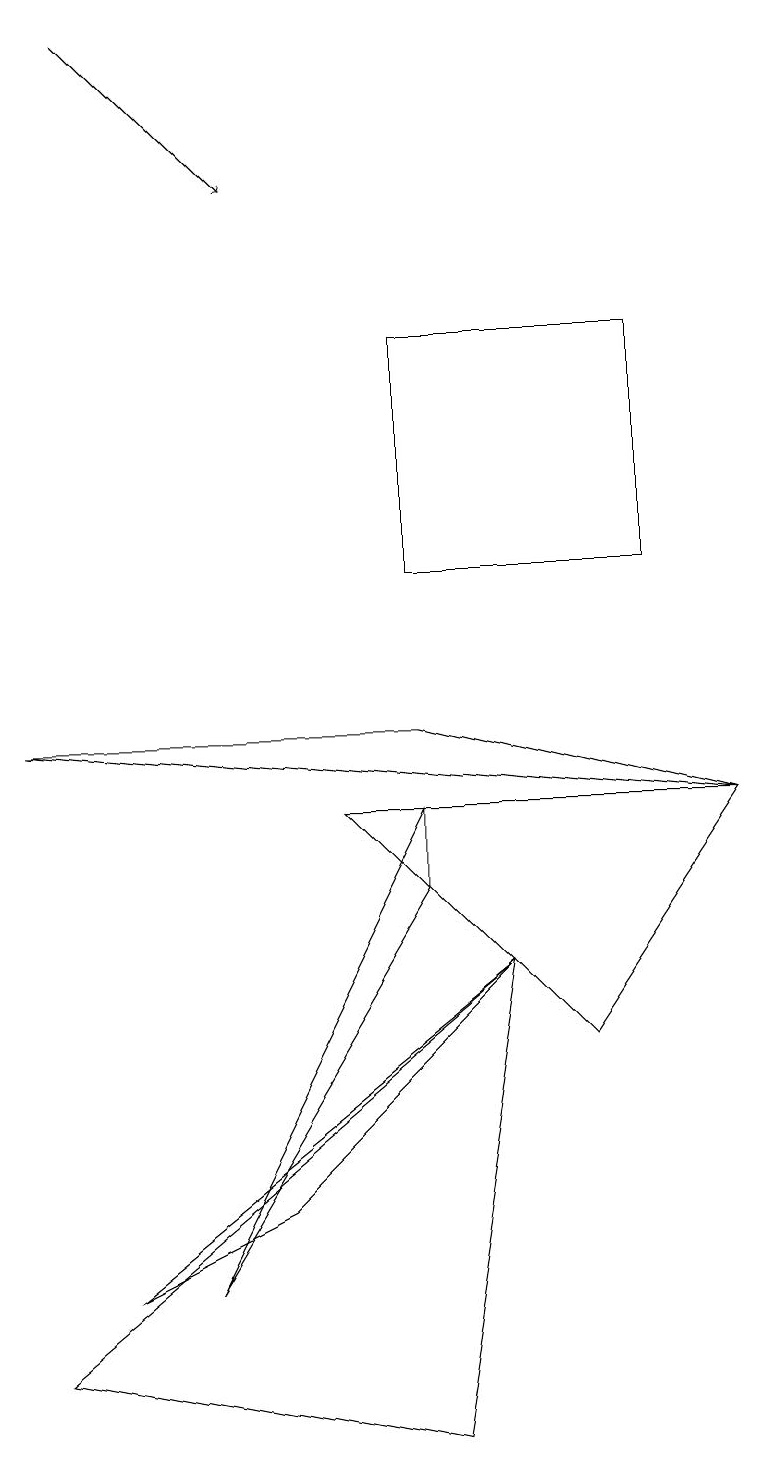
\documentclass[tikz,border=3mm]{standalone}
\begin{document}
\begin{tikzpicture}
\draw[->] (1,18) -- (3,16);
\draw (9,8) -- (4,8) -- (7,5) -- cycle;
\draw (3,3) -- (6,6) -- (1,2) -- cycle;
\draw (5,0) -- (6,6) -- (0,1) -- cycle;
\draw (8,14) rectangle (5,11);
\draw (5,9) -- (0,9) -- (9,8) -- cycle;
\draw (5,8) -- (2,2) -- (5,7) -- cycle;
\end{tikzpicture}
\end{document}